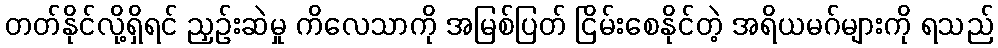
တတ်နိုင်လို့ရှိရင် ညှဉ်းဆဲမှု ကိလေသာကို အမြစ်ပြတ် ငြိမ်းစေနိုင်တဲ့ အရိယမဂ်များကို ရသည်